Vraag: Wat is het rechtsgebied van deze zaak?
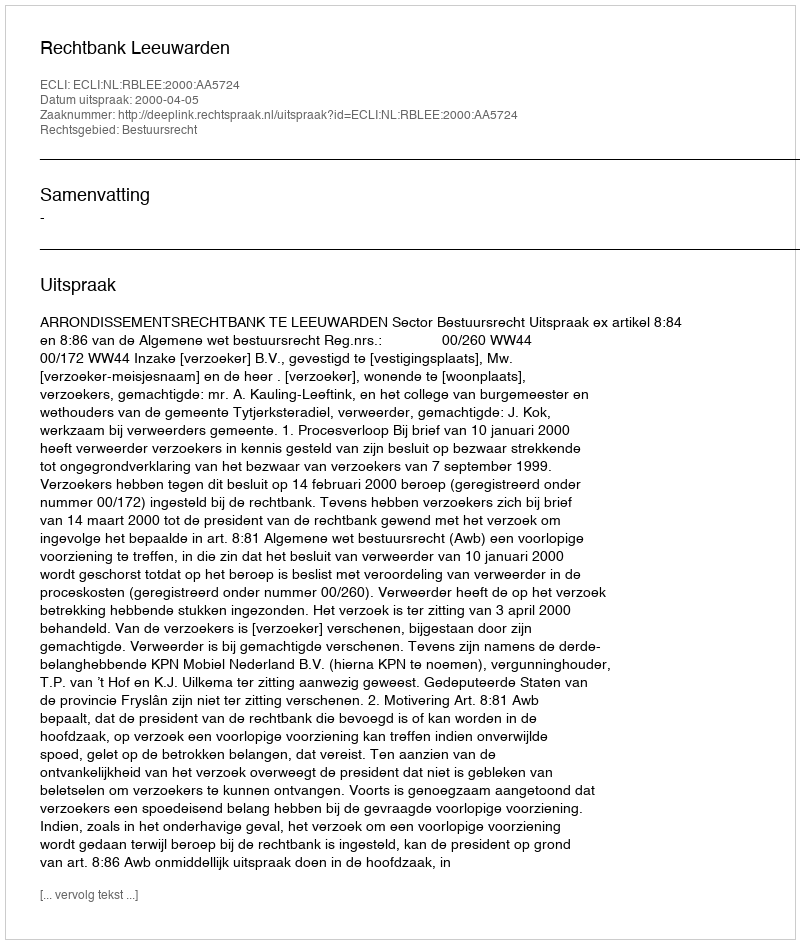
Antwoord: Bestuursrecht